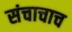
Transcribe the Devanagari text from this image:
संचाचाच